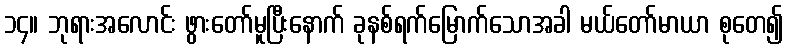
၁၄။ ဘုရားအလောင်း ဖွားတော်မူပြီးနောက် ခုနစ်ရက်မြောက်သောအခါ မယ်တော်မာယာ စုတေ၍